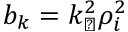
b _ { k } = k _ { \perp } ^ { 2 } \rho _ { i } ^ { 2 }